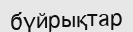
бүйрықтар